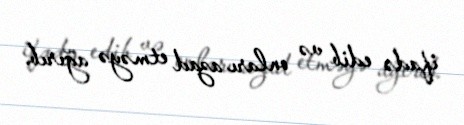
ifadə edib və onları azad etməyə ağırıb.